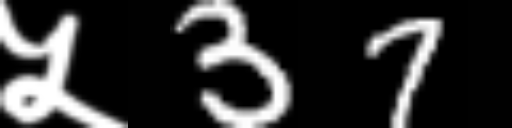
Text: ५37